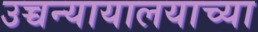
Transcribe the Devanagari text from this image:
उच्चन्यायालयाच्या